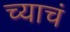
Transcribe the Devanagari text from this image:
च्याचं